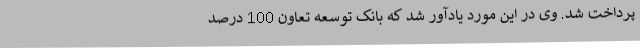
پرداخت شد. وی در این مورد یادآور شد که بانک توسعه تعاون 100 درصد